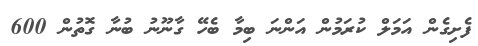
ފެށިގެން އަމަލް ކުރަމުން އަންނަ ބިމާ ބެހޭ ގާނޫނު ބުނާ ގޮތުން 600